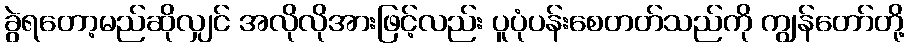
ခွဲရတော့မည်ဆိုလျှင် အလိုလိုအားဖြင့်လည်း ပူပုံပန်းစေတတ်သည်ကို ကျွန်တော်တို့